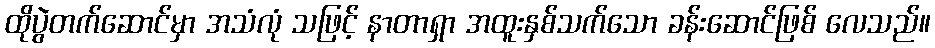
ထိုပွဲတက်ဆောင်မှာ အသံလုံ သဖြင့် နာတာရှာ အထူးနှစ်သက်သော ခန်းဆောင်ဖြစ် လေသည်။